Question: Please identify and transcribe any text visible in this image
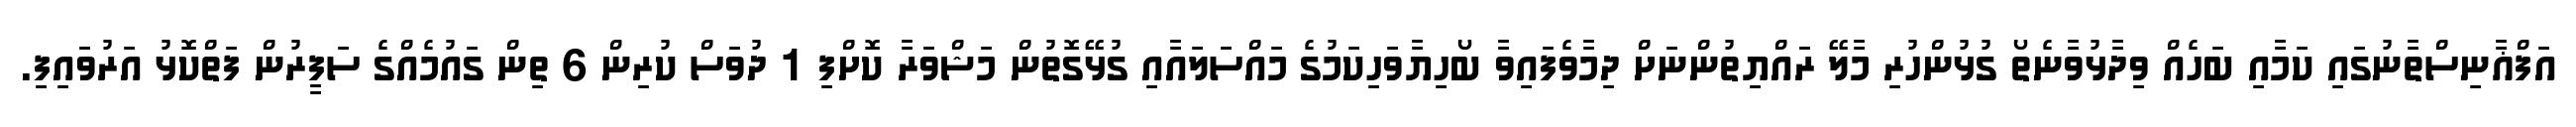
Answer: އަފްޣާނިސްތާނުގައި ކަމާއި ބަހެއް ވިދާޅުވާނެތޯ ގުޅުންހުރި މާލޭ ރައްޔިތުންނަށް ދިމާވެފައިވާ ބޯހިޔާވަހިކަމުގެ މައްސަލައާއި ގުޅޭގޮތުން މަޝްވަރާ ކޮށްފި 1 ދުވަސް ކުރިން 6 ތިން ގައުމެއްގެ ސަފީރުން ފަތްކޮޅު އަރުވައިފި.